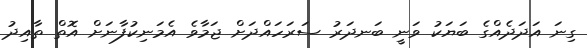
ގިނަ އަދަދެއްގެ ބަޔަކު ވަނީ ބަނދަރު ސަރަހައްދަށް ޖަމާވެ އެމަނިކުފާނަށް އޮތް ތާއިދު